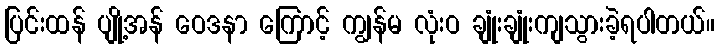
ပြင်းထန် ပျို့အန် ဝေဒနာ ကြောင့် ကျွန်မ လုံးဝ ချုံးချုံးကျသွားခဲ့ရပါတယ်။